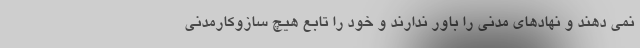
نمی دهند و نهادهای مدنی را باور ندارند و خود را تابع هیچ سازوکارمدنی